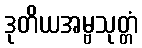
ဒုတိယအမ္ဗသုတ္တံ